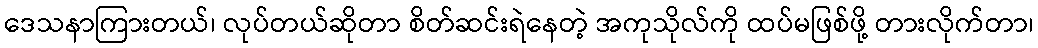
ဒေသနာကြားတယ်၊ လုပ်တယ်ဆိုတာ စိတ်ဆင်းရဲနေတဲ့ အကုသိုလ်ကို ထပ်မဖြစ်ဖို့ တားလိုက်တာ၊